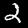
Label: 2